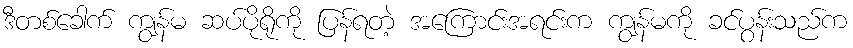
ဒီတစ်ခေါက် ကျွန်မ ဆပ်ပိုရိုကို ပြန်ရတဲ့ အကြောင်းအရင်းက ကျွန်မကို ခင်ပွန်းသည်က